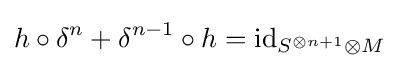
h\circ \delta ^{n}+\delta ^{n-1}\circ h=\operatorname {id} _{S^{\otimes n+1}\otimes M}